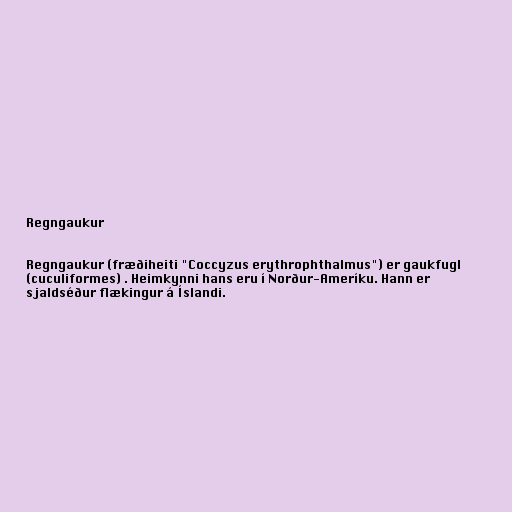
Regngaukur

Regngaukur (fræðiheiti "Coccyzus erythrophthalmus") er gaukfugl
(cuculiformes) . Heimkynni hans eru í Norður-Ameríku. Hann er
sjaldséður flækingur á Íslandi.